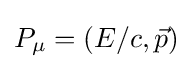
P_{\mu }=\left(E/c,{\vec {p}}\right)